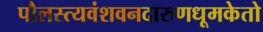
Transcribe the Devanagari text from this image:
पौलस्त्यवंशवनदारुणधूमकेतो